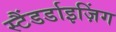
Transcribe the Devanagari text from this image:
स्टैंडर्डाइज़िंग